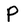
Character: P